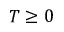
T \geq 0